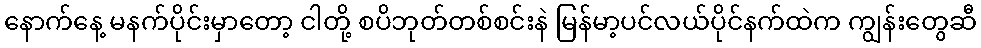
နောက်နေ့ မနက်ပိုင်းမှာတော့ ငါတို့ စပိဘုတ်တစ်စင်းနဲ မြန်မာ့ပင်လယ်ပိုင်နက်ထဲက ကျွန်းတွေဆီ